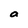
Character: a